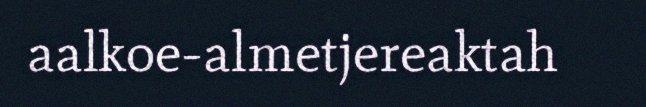
aalkoe-almetjereaktah